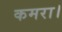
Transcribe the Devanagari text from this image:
कमरा।